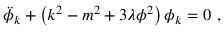
\ddot { \phi } _ { k } + \left( k ^ { 2 } - m ^ { 2 } + 3 \lambda \phi ^ { 2 } \right) \phi _ { k } = 0 \ ,